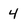
Character: 4